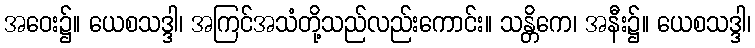
အဝေး၌။ ယေစသဒ္ဒါ၊ အကြင်အသံတို့သည်လည်းကောင်း။ သန္တိကေ၊ အနီး၌။ ယေစသဒ္ဒါ၊